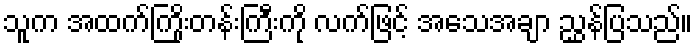
သူက အထက်ကြိုးတန်းကြီးကို လက်ဖြင့် အသေအချာ ညွှန်ပြသည်။